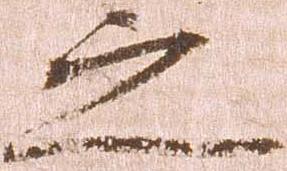
之